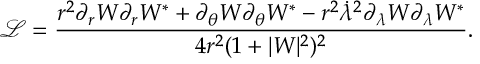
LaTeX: \mathcal { L } = \frac { r ^ { 2 } \partial _ { r } W \partial _ { r } W ^ { * } + \partial _ { \theta } W \partial _ { \theta } W ^ { * } - r ^ { 2 } \dot { \lambda } ^ { 2 } \partial _ { \lambda } W \partial _ { \lambda } W ^ { * } } { 4 r ^ { 2 } ( 1 + | W | ^ { 2 } ) ^ { 2 } } .